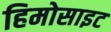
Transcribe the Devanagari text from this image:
हिमोसाइट